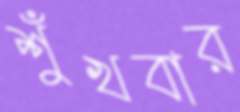
শুঁখবার